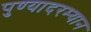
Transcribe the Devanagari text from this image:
पुण्यादरम्यान